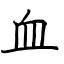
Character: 血